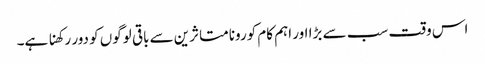
اس وقت سب سے بڑا اور اہم کام کورونا متاثرین سے باقی لوگوں کو دور رکھنا ہے۔